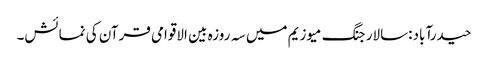
حیدرآباد:سالار جنگ میوزیم میں سہ روزہ بین الاقوامی قرآن کی نمائش۔